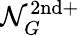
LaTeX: \mathcal{N}_{G}^{\mathrm{2nd+}}